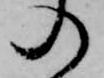
の